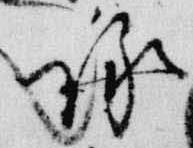
詠